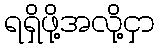
ရရှိဖို့အလို့ငှာ